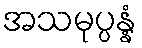
အသမုပ္ပန္နံ